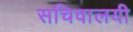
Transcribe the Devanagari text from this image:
सचिवालयी